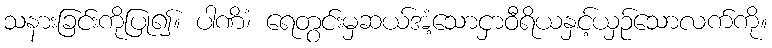
သနားခြင်းကိုပြု၍။ ပါဏိံ၊ ရေတွင်းမှဆယ်အံ့သောငှာဝီရိယနှင့်ယှဉ်သောလက်ကို။